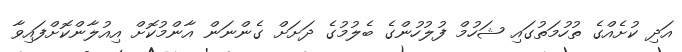
އަދި ކުށެއްގެ ތުހުމަތުގައި ޝަހުމް ފުލުހުންގެ ބެލުމުގެ ދަށަށް ގެންނަން އާންމުކޮށް އިއުލާންކޮށްފައިވާ